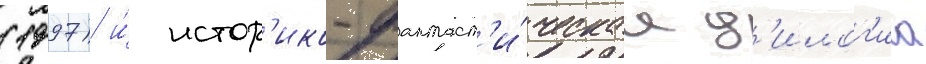
(1997) и́ истор'ико-фантаст'и́ческаа д'илог'иа